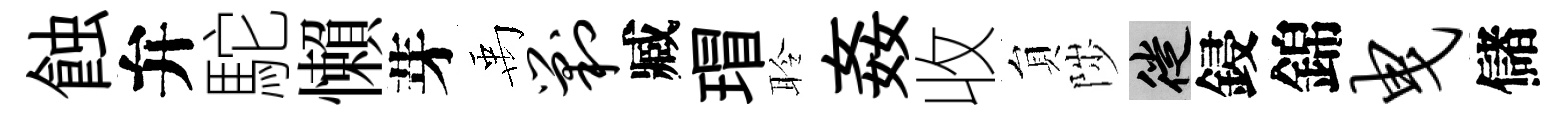
蝕弁駝懶芽禹剿臧瑁聆姦收貟陟徙鋟錦曳儲